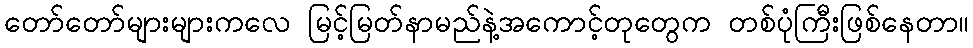
တော်တော်များများကလေ မြင့်မြတ်နာမည်နဲ့အကောင့်တုတွေက တစ်ပုံကြီးဖြစ်နေတာ။